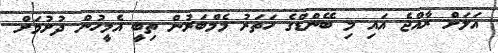
އަލަށް ރާއްޖެ އައި މި ބޭންޑްގެ ހަތަރު މެމްބަރުން ތިބީ އެމީހުން ދުށުމަށް